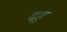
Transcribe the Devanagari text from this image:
दहु